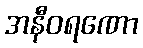
အနီဝရဏော